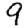
Digit: 9